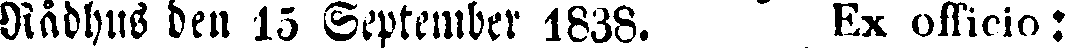
Rådhus den 15 September 1838. Ex officio: